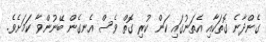
ގެންދާނެ ގޮތަކާއި އެތަނުގައި ކަން ކުރި ގޮތް ވެސް އެނގެން ބޭނުންވާ ކަމަށެވެ.